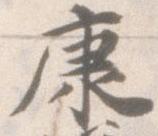
康